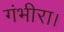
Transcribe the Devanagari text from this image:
गंभीरा।